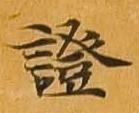
証